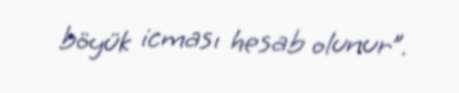
böyük icması hesab olunur”.